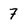
Character: 7